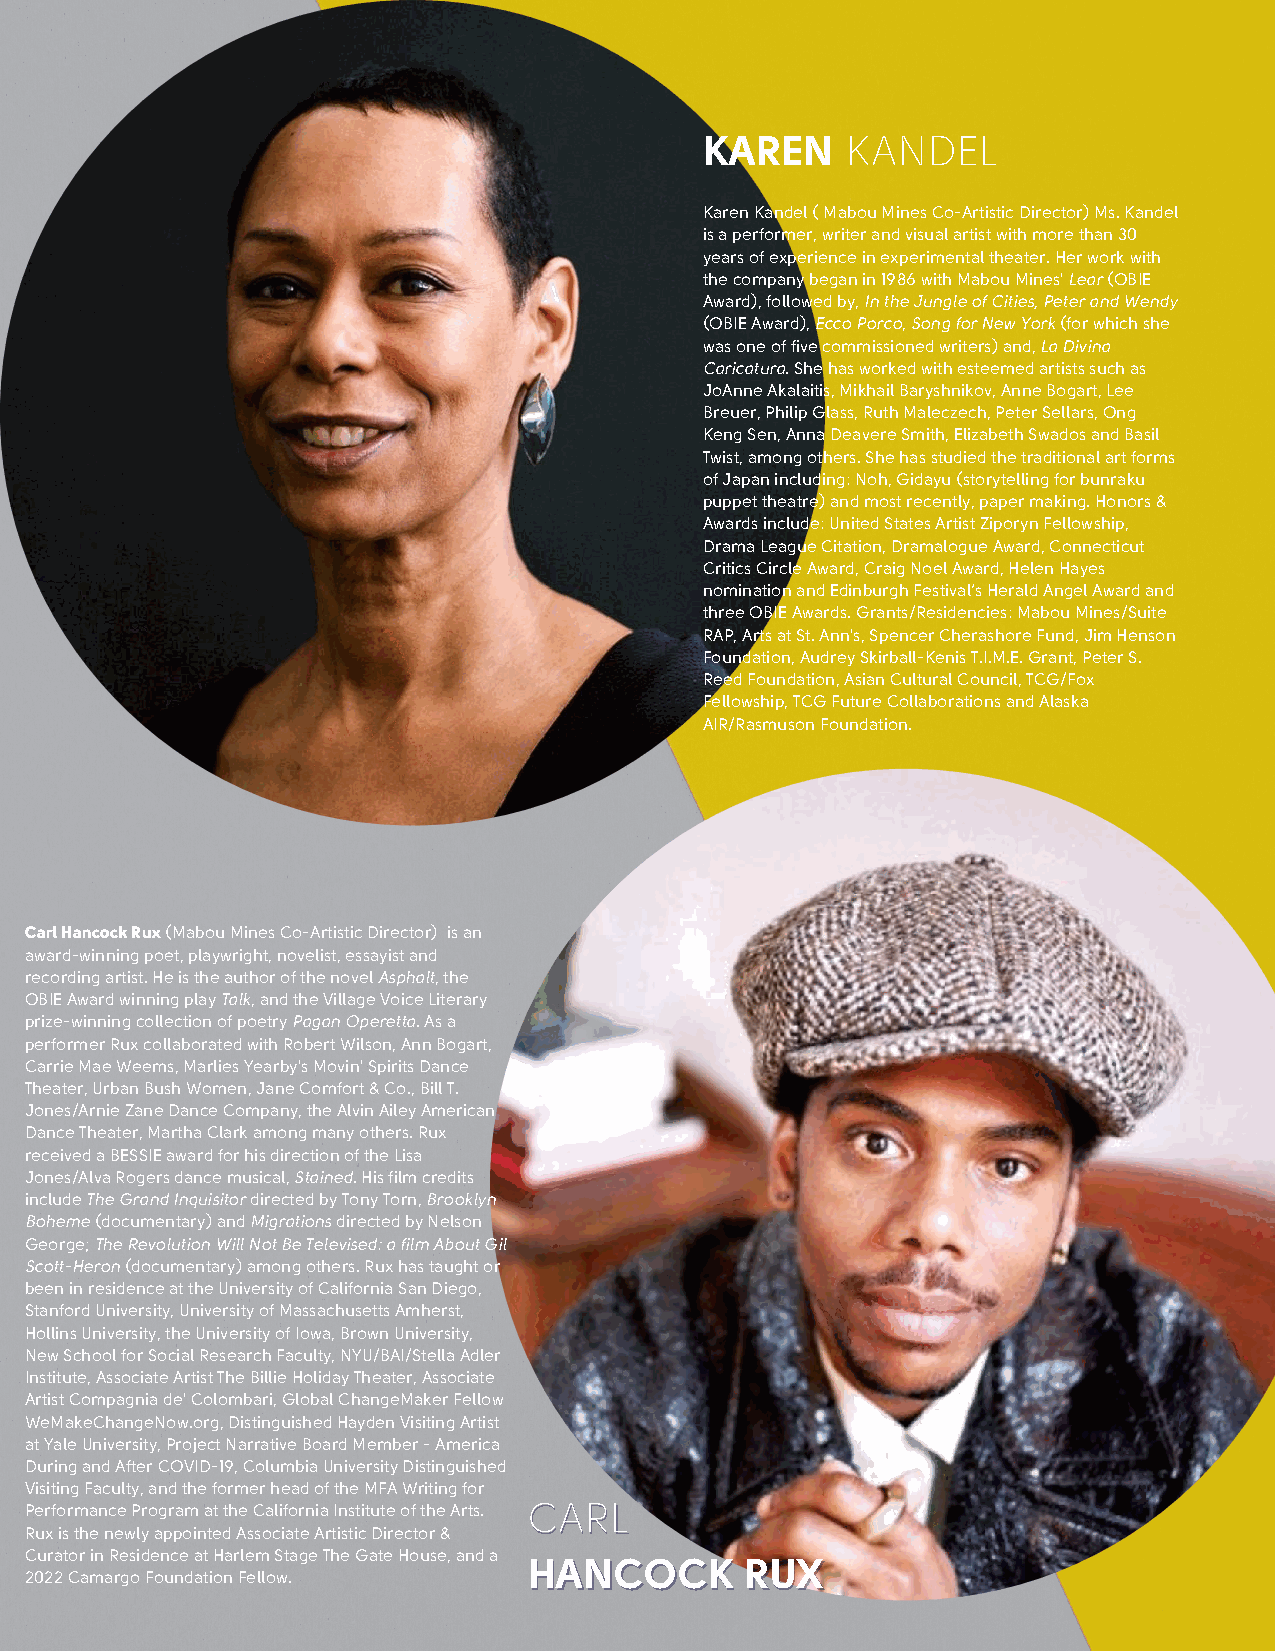
KAREN    KANDEL
 Karen Kandel ( Mabou Mines Co-Artistic Director) Ms. Kandel
 is a performer, writer and visual artist with more than 30
 years of experience in experimental theater. Her work with
 the company began in 1986 with Mabou Mines' Lear (OBIE
 Award), followed by, In the Jungle of Cities, Peter and Wendy
 (OBIE Award), Ecco Porco, Song for New York (for which she
 was one of five commissioned writers) and, La Divina
 Caricatura. She has worked with esteemed artists such as
 JoAnne Akalaitis, Mikhail Baryshnikov, Anne Bogart, Lee
 Breuer, Philip Glass, Ruth Maleczech, Peter Sellars, Ong
 Keng Sen, Anna Deavere Smith, Elizabeth Swados and Basil
 Twist, among others. She has studied the traditional art forms
 of Japan including: Noh, Gidayu (storytelling for bunraku
 puppet theatre) and most recently, paper making. Honors &
 Awards include: United States Artist Ziporyn Fellowship,
 Drama League Citation, Dramalogue Award, Connecticut
 Critics Circle Award, Craig Noel Award, Helen Hayes
 nomination and Edinburgh Festival’s Herald Angel Award and
 three OBIE Awards. Grants/Residencies: Mabou Mines/Suite
 RAP, Arts at St. Ann's, Spencer Cherashore Fund, Jim Henson
 Foundation, Audrey Skirball-Kenis T.I.M.E. Grant, Peter S.
 Reed Foundation, Asian Cultural Council, TCG/Fox
 Fellowship, TCG Future Collaborations and Alaska
 AIR/Rasmuson Foundation.
 Carl Hancock Rux (Mabou Mines Co-Artistic Director) is an
 award-winning poet, playwright, novelist, essayist and
 recording artist. He is the author of the novel Asphalt, the
 OBIE Award winning play Talk, and the Village Voice Literary
 prize-winning collection of poetry Pagan Operetta. As a
 performer Rux collaborated with Robert Wilson, Ann Bogart,
 Carrie Mae Weems, Marlies Yearby's Movin' Spirits Dance
 Theater, Urban Bush Women, Jane Comfort & Co., Bill T.
 Jones/Arnie Zane Dance Company, the Alvin Ailey American
 Dance Theater, Martha Clark among many others. Rux
 received a BESSIE award for his direction of the Lisa
 Jones/Alva Rogers dance musical, Stained. His film credits
 include The Grand Inquisitor directed by Tony Torn, Brooklyn
 Boheme (documentary) and Migrations directed by Nelson
 George; The Revolution Will Not Be Televised: a film About Gil
 Scott-Heron (documentary) among others. Rux has taught or
 been in residence at the University of California San Diego,
 Stanford University, University of Massachusetts Amherst,
 Hollins University, the University of Iowa, Brown University,
 New School for Social Research Faculty, NYU/BAI/Stella Adler
 Institute, Associate Artist The Billie Holiday Theater, Associate
 Artist Compagnia de' Colombari, Global ChangeMaker Fellow
 WeMakeChangeNow.org, Distinguished Hayden Visiting Artist
 at Yale University, Project Narrative Board Member - America
 During and After COVID-19, Columbia University Distinguished
 Visiting Faculty, and the former head of the MFA Writing for
 Performance Program at the California Institute of the Arts. CCAARRLL
 Rux is the newly appointed Associate Artistic Director &
 Curator in Residence at Harlem Stage The Gate House, and a
 HHAANNCCOOCCKK RRUUXX
 2022 Camargo Foundation Fellow.